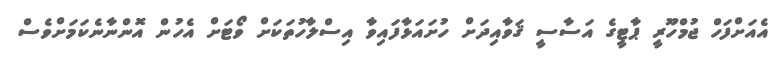
އެއަށްފަހް ޖުމްހޫރީ ޕާޓީގެ އަސާސީ ޤަވާއިދަށް ހުށައަޅާފައިވާ އިސްލާހުތަކަށް ވޯޓަށް އެހުން އޮންނާނެކަމަށްވެސް